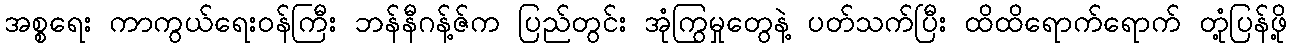
အစ္စရေး ကာကွယ်ရေးဝန်ကြီး ဘန်နီဂန့်ဇ်က ပြည်တွင်း အုံကြွမှုတွေနဲ့ ပတ်သက်ပြီး ထိထိရောက်ရောက် တုံ့ပြန်ဖို့